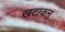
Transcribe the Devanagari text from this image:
खटाकन